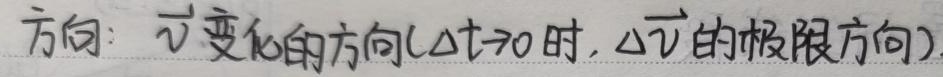
方向：$\vec{v}$ 变化的方向（$\Delta t \to 0$ 时，$\Delta\vec{v}$ 的极限方向）